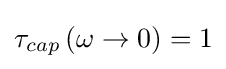
\tau _{cap}\left(\omega \rightarrow 0\right)=1